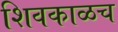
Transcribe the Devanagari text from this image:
शिवकाळच